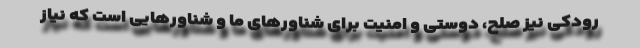
رودکی نیز صلح، دوستی و امنیت برای شناورهای ما و شناورهایی است که نیاز